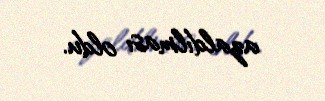
azaldılması oldu.